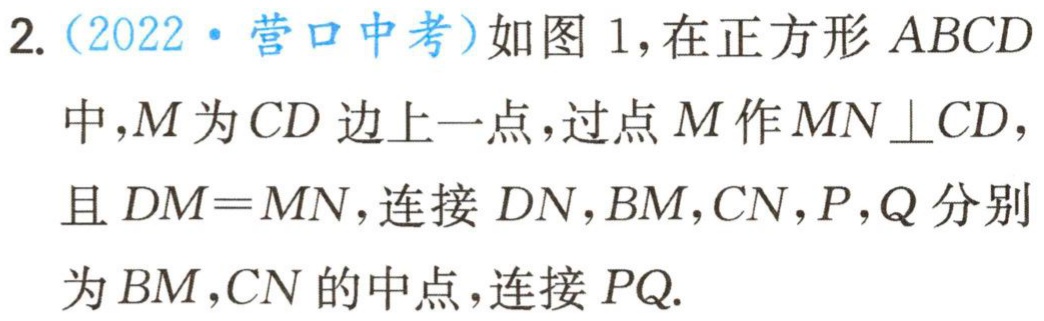
2.（2022·营口中考）如图 1，在正方形 \(ABCD\) 中，\(M\) 为 \(CD\) 边上一点，过点 \(M\) 作 \(MN\perp CD\)，且 \(DM = MN\)，连接 \(DN\)，\(BM\)，\(CN\)，\(P\)，\(Q\) 分别为 \(BM\)，\(CN\) 的中点，连接 \(PQ\).